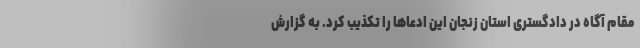
مقام آگاه در دادگستری استان زنجان این ادعاها را تکذیب کرد. به گزارش